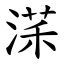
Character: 㴕